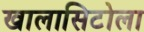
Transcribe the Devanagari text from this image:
खालासिटोला